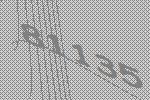
81135